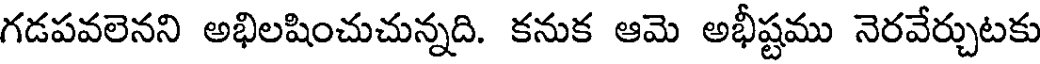
గడపవలెనని అభిలషించుచున్నది. కనుక ఆమె అభీష్టము నెరవేర్చుటకు